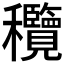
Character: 𥤝